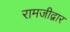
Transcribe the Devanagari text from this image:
रामजीद्वार